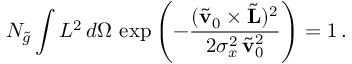
N _ { \tilde { g } } \int L ^ { 2 } \, d \Omega \, \exp \left( - \frac { ( \tilde { \bf v } _ { 0 } \times \tilde { \bf L } ) ^ { 2 } } { 2 \sigma _ { x } ^ { 2 } \, \tilde { \bf v } _ { 0 } ^ { 2 } } \right) = 1 \, .